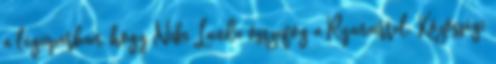
a légiiparban, hogy Niki Lauda összefog a Ryanairrel. Közösségi